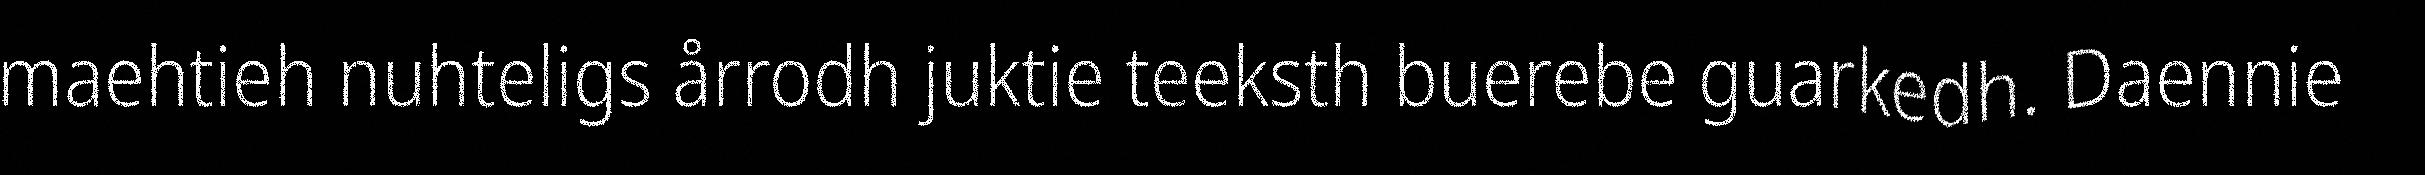
maehtieh nuhteligs årrodh juktie teeksth buerebe guarkedh. Daennie